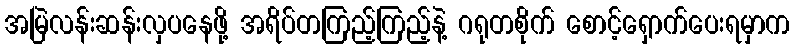
အမြဲလန်းဆန်းလှပနေဖို့ အရိပ်တကြည့်ကြည့်နဲ့ ဂရုတစိုက် စောင့်ရှောက်ပေးရမှာက